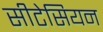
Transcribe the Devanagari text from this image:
सीटेसियन